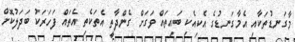
މާގަނޑުތަކާއި އެމާގަނޑުގެ އެކިއެކި ބައިތައް ވަގަށް ގެންދާތީ އެތަކެތި އެތައް ފަހަރަކު ބަދަލުކޮށް